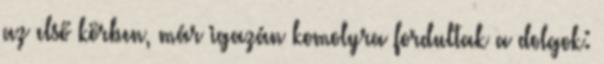
az első körben, már igazán komolyra fordultak a dolgok: